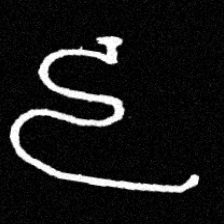
Pyu character \u2014 Myanmar letter: ဠ (romanized: lla)